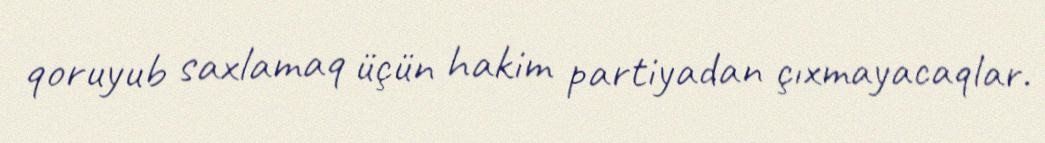
qoruyub saxlamaq üçün hakim partiyadan çıxmayacaqlar.